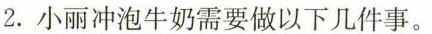
2.小丽冲泡牛奶需要做以下几件事。